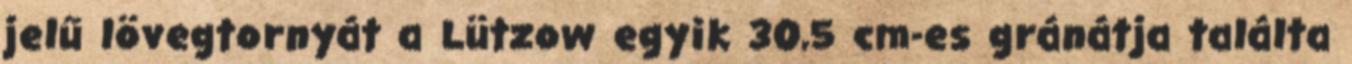
jelű lövegtornyát a Lützow egyik 30,5 cm-es gránátja találta